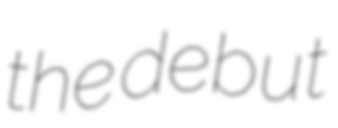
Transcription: the debut